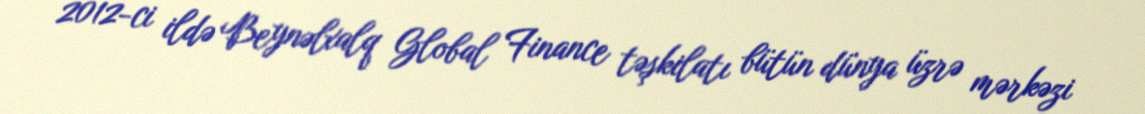
2012-ci ildə Beynəlxalq Global Finance təşkilatı bütün dünya üzrə mərkəzi